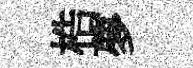
梏夢